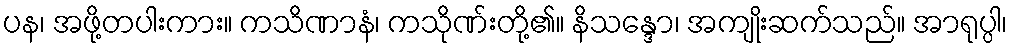
ပန၊ အဖို့တပါးကား။ ကသိဏာနံ၊ ကသိုဏ်းတို့၏။ နိသန္ဒော၊ အကျိုးဆက်သည်။ အာရုပ္ပါ၊